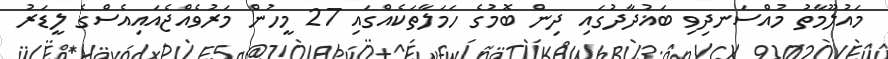
މައުލޫމާތު މުއްސަނދިވި ބަޣުދާދުގައި ދިން ބޮމުގެ ހަމަލާތަކެއްގައި 27 މީހުން މަރުވެއްޖެއައިއެސްގެ ލީޑަރު